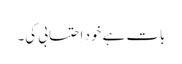
بات ہے خود اِحتسابی کی۔